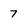
Character: 7